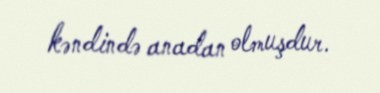
kəndində anadan olmuşdur.